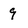
Character: 9